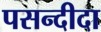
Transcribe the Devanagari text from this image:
पसन्‍दीदा